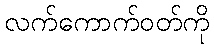
လက်ကောက်ဝတ်ကို